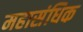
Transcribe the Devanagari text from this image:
महासंधिक